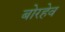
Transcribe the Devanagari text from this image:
बोरहेव